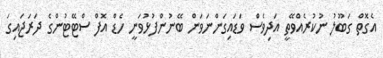
އެގޮތް ގަބޫލު ނުކުރެއްވޭތީ އަދިވެސް ވަޑައިގަންނަވަން ބޭނުންފުޅުވަނީ ހެޑް އޮފް ސްޓޭޓުންގެ ދަރަޖައިގަ